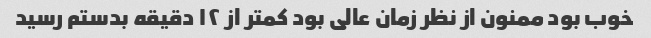
خوب بود ممنون از نظر زمان عالی بود کمتر از ۱۲ دقیقه بدستم رسید